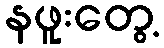
နဖူးတွေ့